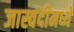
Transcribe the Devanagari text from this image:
जास्वंदीमध्ये